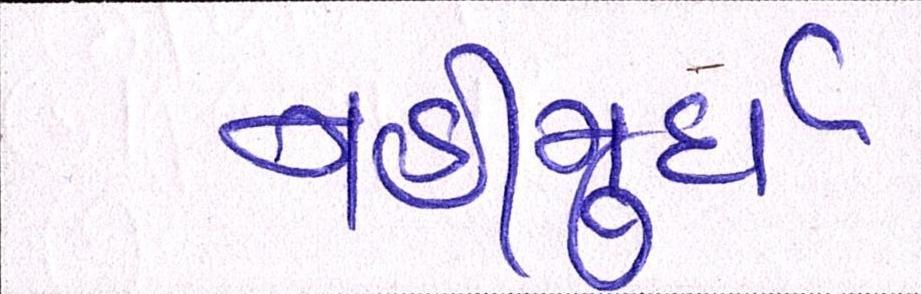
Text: નહીંમુર્દા